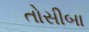
તોસીબા